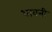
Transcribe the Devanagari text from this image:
शावनी